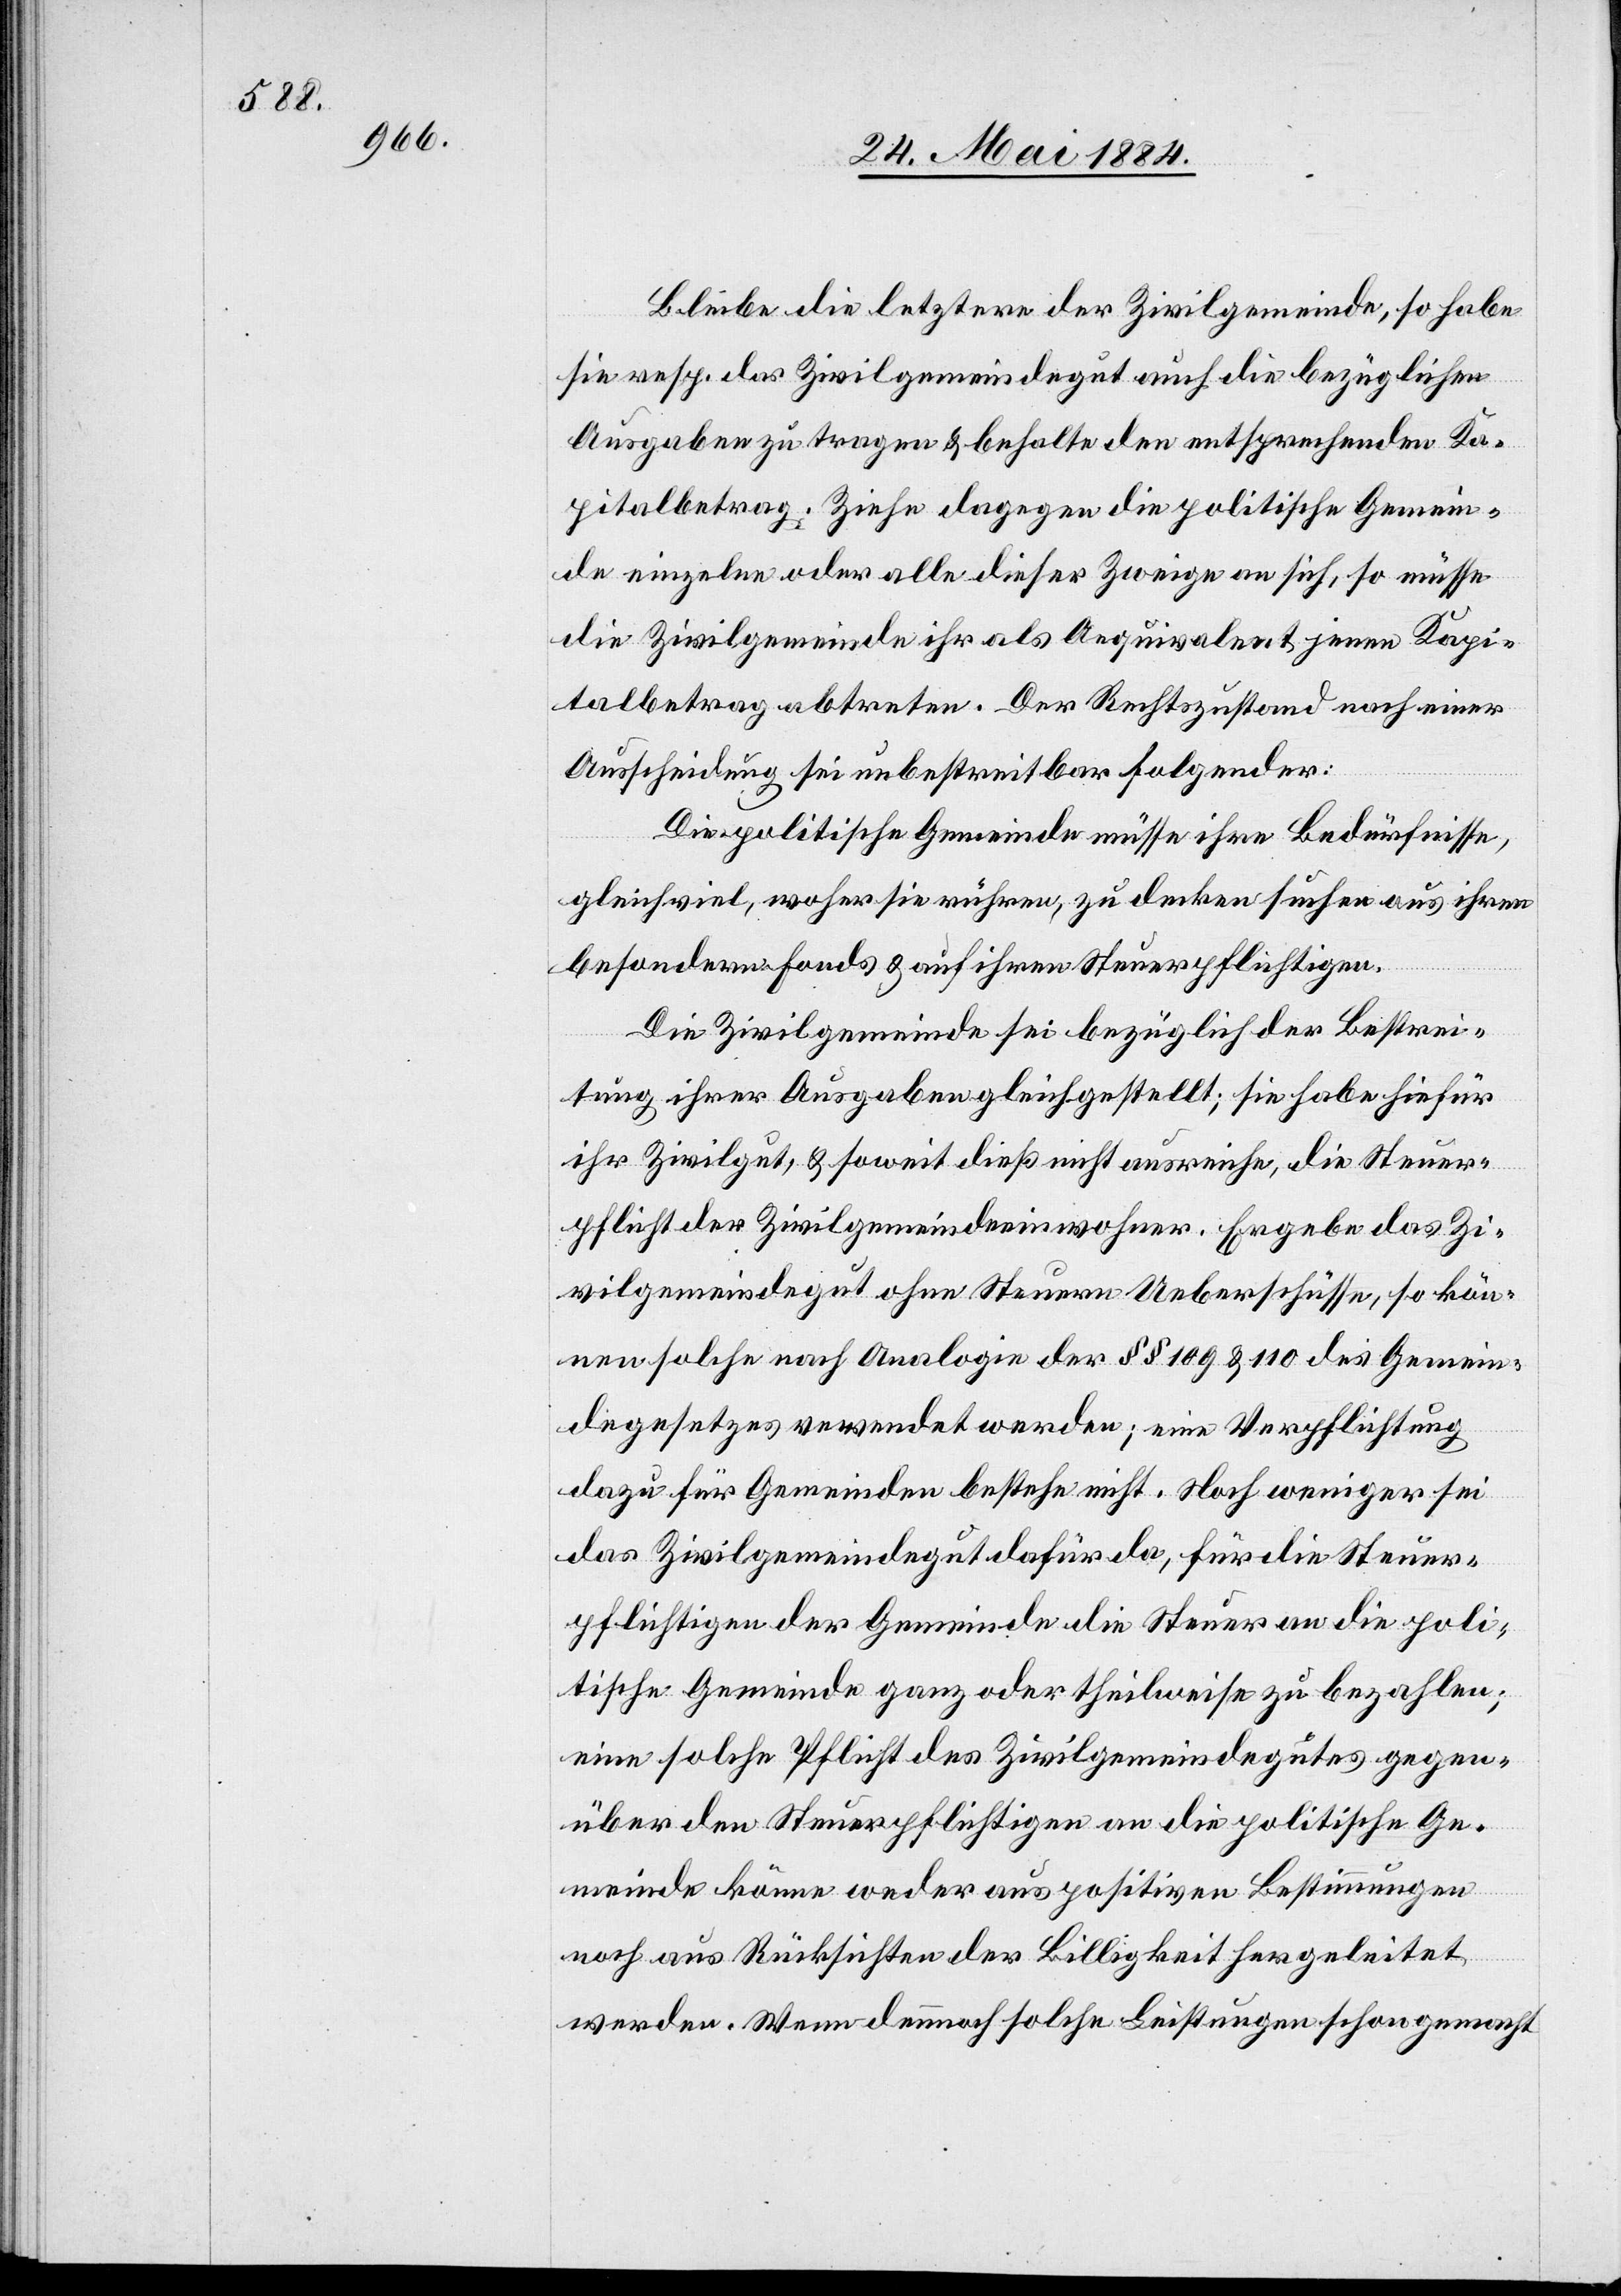
Bleibe die letztere der Zivilgemeinde, so habe
sie resp. das Zivilgemeindegut auch die bezüglichen
Ausgaben zu tragen & behalte den entsprechenden Ka¬
pitalbetrag. Ziehe dagegen die politische Gemein¬
de einzelne oder alle dieser Zweige an sich, so müsse
die Zivilgemeinde ihr als Aequivalent jenen Kapi¬
talbetrag abtreten. Der Rechtszustand nach einer
Ausscheidung sei unbestreitbar folgender:
Die politische Gemeinde müsse ihre Bedürfnisse,
gleichviel, woher sie rühren, zu decken suchen aus ihren
besondern Fonds & auf ihren Steuerpflichtigen.
Die Zivilgemeinde sei bezüglich der Bestrei¬
tung ihrer Ausgaben gleich gestellt; sie habe hiefür
ihr Zivilgut, & soweit dieß nicht ausreiche, die Steuer¬
pflicht der Zivilgemeindeeinwohner. Ergebe das Zi¬
vilgemeindegut ohne Steuern Ueberschüsse, so kön¬
nen solche nach Analogie der §§ 109 & 110 des Gemein¬
degesetzes verwendet werden; eine Verpflichtung
dazu für Gemeinden bestehe nicht. Noch weniger sei
das Zivilgemeindegut dafür da, für die Steuer¬
pflichtigen der Gemeinde die Steuer an die poli¬
tische Gemeinde ganz oder theilweise zu bezahlen;
eine solche Pflicht des Zivilgemeindegutes gegen¬
über den Steuerpflichtigen an die politische Ge¬
meinde könne weder aus politischen Bestimmungen
noch aus Rücksichten der Billigkeit hergeleitet
werden. Wenn dennoch solche Leistungen schon gemacht